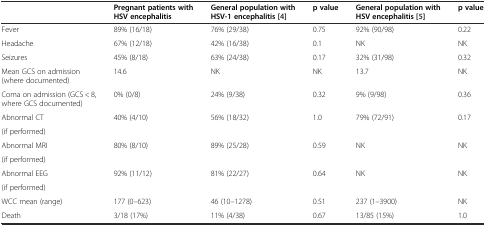
|  | Pregnant patients with HSV encephalitis | General population with HSV-1 encephalitis [4] | p value | General population with HSV encephalitis [5] | p value |
 | --- | --- | --- | --- | --- | --- |
 | Fever | 89% (16/18) | 76% (29/38) | 0.75 | 92% (90/98) | 0.22 |
 | Headache | 67% (12/18) | 42% (16/38) | 0.1 | NK | NK |
 | Seizures | 45% (8/18) | 63% (24/38) | 0.17 | 32% (31/98) | 0.32 |
 | Mean GCS on admission (where documented) | 14.6 | NK | NK | 13.7 | NK |
 | Coma on admission (GCS < 8, where GCS documented) | 0% (0/8) | 24% (9/38) | 0.32 | 9% (9/98) | 0.36 |
 | Abnormal CT | 40% (4/10) | 56% (18/32) | 1.0 | 79% (72/91) | 0.17 |
 | (if performed) |  |  |  |  |  |
 | Abnormal MRI | 80% (8/10) | 89% (25/28) | 0.59 | NK | NK |
 | (if performed) |  |  |  |  |  |
 | Abnormal EEG | 92% (11/12) | 81% (22/27) | 0.64 | NK | NK |
 | (if performed) |  |  |  |  |  |
 | WCC mean (range) | 177 (0–623) | 46 (10–1278) | 0.51 | 237 (1–3900) | NK |
 | Death | 3/18 (17%) | 11% (4/38) | 0.67 | 13/85 (15%) | 1.0 |